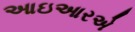
આઇઆરએ